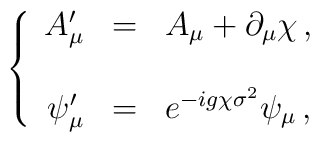
\left\{\begin{array}{rcl}A^{\prime}_{\mu} & = & A_{\mu}+\partial_{\mu}\chi\, ,\\& & \\\psi_{\mu}^{\prime} & = & e^{-ig\chi\sigma^{2}} \psi_{\mu}\, ,\\\end{array}\right.